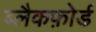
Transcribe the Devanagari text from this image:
ब्लैकफ़ोर्ड